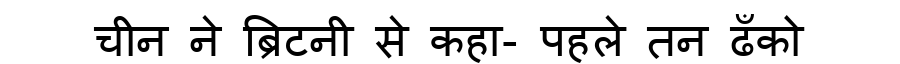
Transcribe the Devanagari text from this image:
चीन ने ब्रिटनी से कहा- पहले तन ढँको